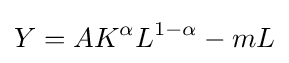
Y=AK^{\alpha }L^{1-\alpha }-mL